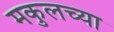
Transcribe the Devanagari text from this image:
मकुलच्या